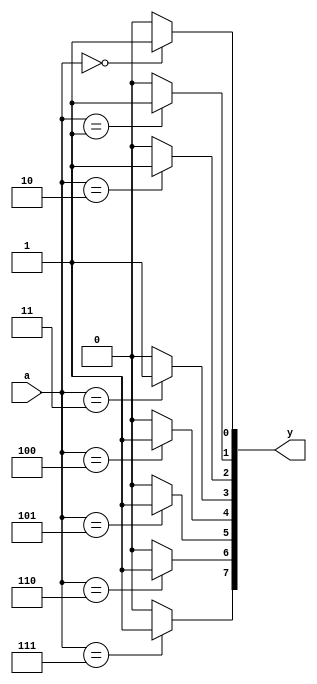
module decode_38 (
	input wire[2:0] a,
	output reg[7:0] y
); 
	integer i; 
	always @(*) begin //****** 
	for (i=0;i<8;i=i+1) begin
			if (a==i)
				y[i]<=1; 
			else y[i]<=0; 
			end 
		end 
endmodule